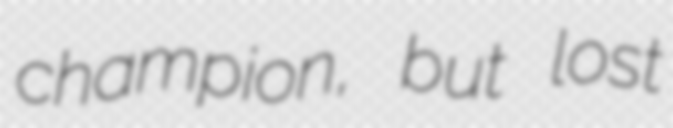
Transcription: champion, but lost